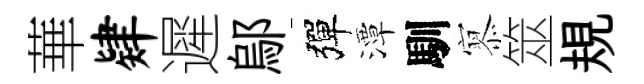
華肄遲鄔彈潭馴𡪹筮規